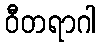
ဝီတရာဂါ